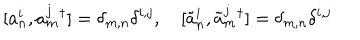
LaTeX: [ a _ { n } ^ { i } , a _ { m } ^ { j } { } ^ { \dagger } ] = \delta _ { m , n } \delta ^ { i , j } , ~ [ \tilde { a } _ { n } ^ { i } , \tilde { a } _ { m } ^ { j } { } ^ { \dagger } ] = \delta _ { m , n } \delta ^ { i , j }